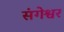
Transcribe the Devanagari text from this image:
संगेश्वर